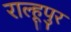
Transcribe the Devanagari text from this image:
राल्हूपुर